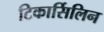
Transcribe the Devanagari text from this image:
टिकार्सिलिन